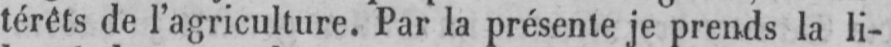
térêts de l’agriculture. Par la présente je prends la li-